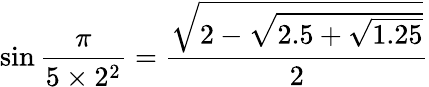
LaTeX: \sin{\frac{\pi}{5\times 2^{2}}}={\frac{\sqrt{2-{\sqrt{2.5+{\sqrt{1.25}}}}}}{2}}